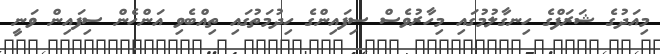
މިއަދުގެ ޝަރަފްގެ ހިނގާލުމުގައި މިހާރުވެސް ސިފައިންގެ ހިދުމަތުގައި ތިއްބެވި އަންހެން ސިފައިން ވަނީ